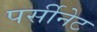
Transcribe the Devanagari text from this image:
पर्सीनेट